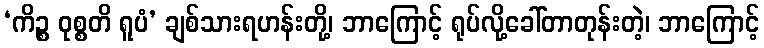
‘ကိဉ္စ ဝုစ္စတိ ရူပံ’ ချစ်သားရဟန်းတို့၊ ဘာကြောင့် ရုပ်လို့ခေါ်တာတုန်းတဲ့၊ ဘာကြောင့်